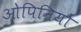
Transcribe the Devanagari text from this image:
ओपिनियों